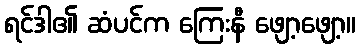
ရင်ဒါ၏ ဆံပင်က ကြေးနီ ဖျော့ဖျော့။